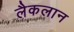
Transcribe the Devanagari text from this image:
लैकलान